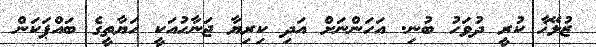
ޒުލޭޚާ ކުރީ ދުވަހު ބުނި. އަހަންނަށް އަދި ކިރިޔާ ޖަނާހުއަކީ ހަޔާތީގެ ބައްޕަކަން